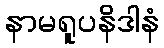
နာမရူပနိဒါနံ